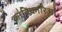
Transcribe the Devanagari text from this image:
क्रांतिकारिओं